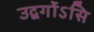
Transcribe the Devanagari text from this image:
उद्वर्गोऽसि